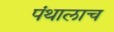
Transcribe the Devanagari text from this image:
पंथालाच